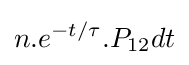
n.e^{-t/\tau }.P_{12}dt